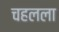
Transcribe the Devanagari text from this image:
चहलला